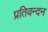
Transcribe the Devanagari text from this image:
प्रतिवन्दन